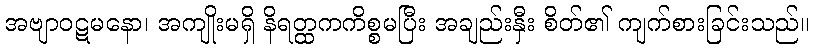
အဗျာဝဋမနော၊ အကျိုးမရှိ နိရတ္ထကကိစ္စမပြီး အချည်းနှီး စိတ်၏ ကျက်စားခြင်းသည်။